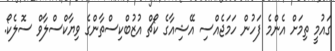
ގައުމީ ތިމަށް އެންމެ ފަހުން ހަމަޖެއްސި އޭޝިއާގެ ކޯޗް އުޒުބްކިސްތާންގެ ވިޔާކްސްލާވް ސޮލެކޯ.